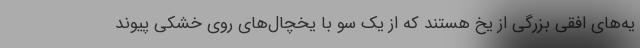
یه‌های افقی بزرگی از یخ هستند که از یک سو با یخچال‌های روی خشکی پیوند